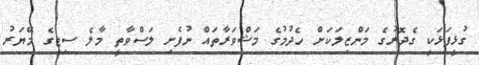
ގުޅީފަޅަކީ ގެދޮރުގެ މަންޒިލަކަށް ހެދުމުގެ މަޝްވަރާތައް ނުފެށި ލަސްވާތީ މާލެ ސިޓީގެ މޭޔަރު